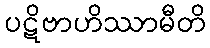
ပဋိဗာဟိဿာမီတိ